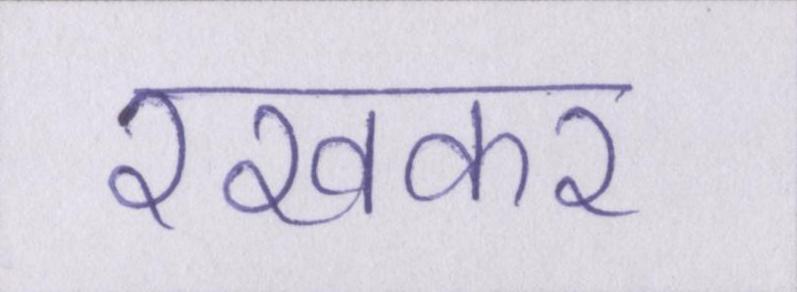
रखकर